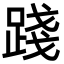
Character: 踐